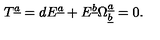
T ^ { \underline { a } } = d E ^ { \underline { a } } + E ^ { \underline { b } } \Omega _ { \underline { b } } ^ { \underline { a } } = 0 .